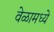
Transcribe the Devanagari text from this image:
वेळामध्ये